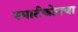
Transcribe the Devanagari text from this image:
स्मार्टफोनचा